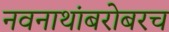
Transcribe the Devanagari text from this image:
नवनाथांबरोबरच